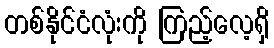
တစ်နိုင်ငံလုံးကို ကြည့်လေ့ရှိ